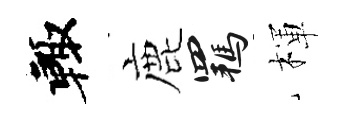
輙鹿羈楎